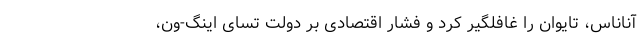
آناناس، تایوان را غافلگیر کرد و فشار اقتصادی بر دولت تسای اینگ-ون،